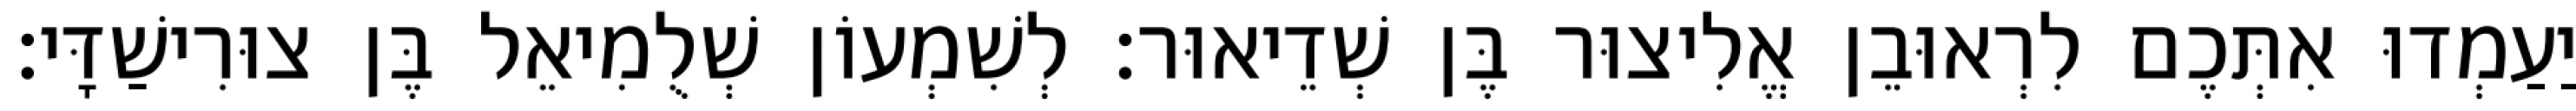
יַעַמְדוּ אִתְּכֶם לִרְאוּבֵן אֱלִיצוּר בֶּן שְׁדֵיאוּר׃ לְשִׁמְעוֹן שְׁלֻמִיאֵל בֶּן צוּרִישַׁדָּי׃